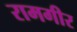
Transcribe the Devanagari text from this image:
रामगीर